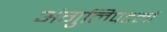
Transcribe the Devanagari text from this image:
अंगुलिपटलों